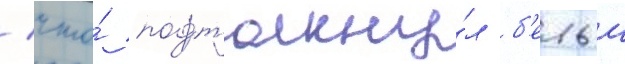
/ что́ подтолкну́л б'елыи